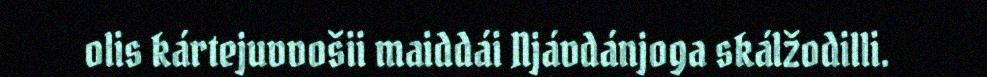
olis kártejuvvošii maiddái Njávdánjoga skálžodilli.